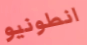
انطونيو